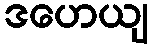
ဒဟေယျ